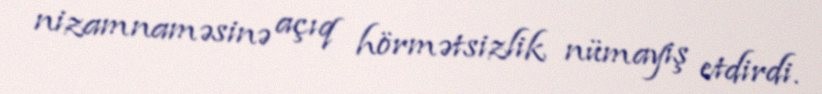
nizamnaməsinə açıq hörmətsizlik nümayiş etdirdi.